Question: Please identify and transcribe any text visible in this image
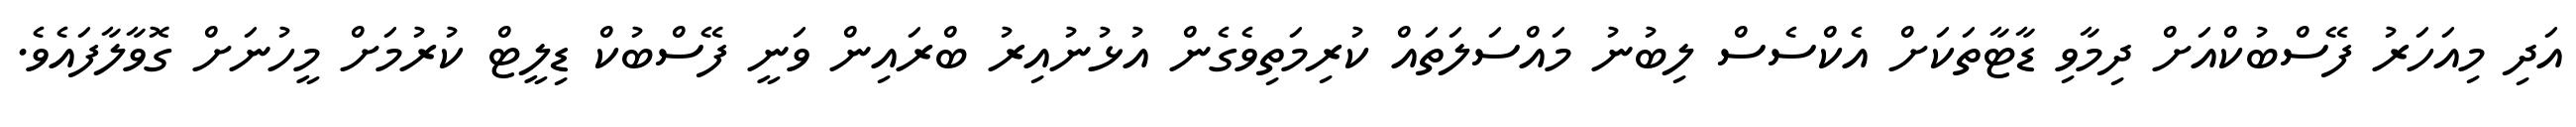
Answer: އަދި މިއަހަރު ފޭސްބުކްއަށް ދިމާވި ޑާޓާތަކަށް އެކްސެސް ލިބުނު މައްސަލަތައް ކުރިމަތިވެގެން އުޅުނުއިރު ބްރައިން ވަނީ ފޭސްބުކް ޑިލީޓް ކުރުމަށް މީހުނަށް ގޮވާލާފައެވެ.